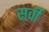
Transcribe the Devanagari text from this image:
सर्वी